Report on horse surra - Volume II, Part I
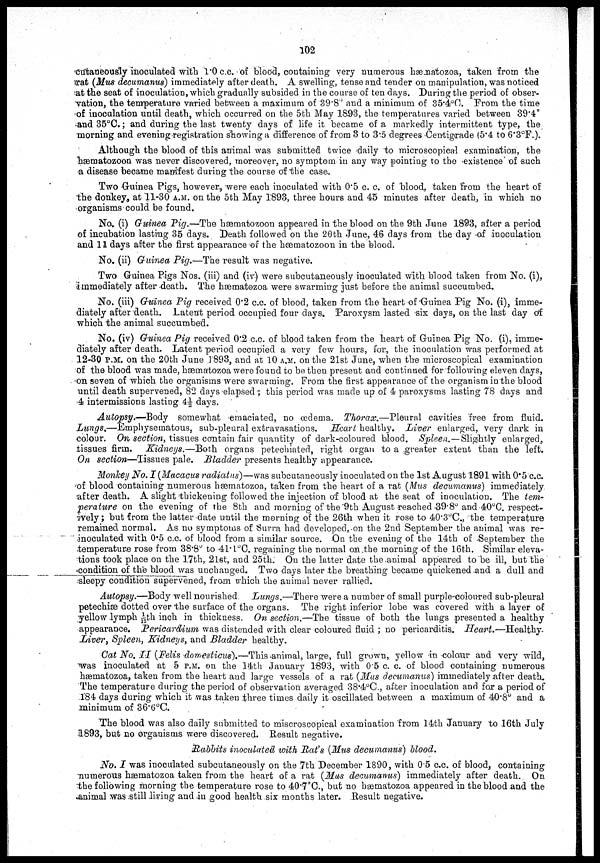
102
cutaneously inoculated with 1.0 c.c. of blood, containing very numerous hæmatozoa, taken from the
rat (Mus decumanus) immediately after death. A swelling, tense and tender on manipulation, was noticed
at the seat of inoculation, which gradually subsided in the course of ten days. During the period of obser-
vation, the temperature varied between a maximum of 39.8° and a minimum of 35.4°C. From the time
of inoculation until death, which occurred on the 5th May 1893, the temperatures varied between 39.4°
and 35°C.; and during the last twenty days of life it became of a markedly intermittent type, the
morning and evening registration showing a difference of from 3 to 3.5 degrees Centigrade (5.4 to 6.3°F.).
Although the blood of this animal was submitted twice daily to microscopical examination, the
hæmatozoon was never discovered, moreover, no symptom in any way pointing to the existence of such
a disease became manifest during the course of the case.
Two Guinea Pigs, however, were each inoculated with 0.5 c. c. of blood, taken from the heart of
the donkey, at 11-30 A.M. on the 5th May 1893, three hours and 45 minutes after death, in which no
organisms could be found.
No. (i) Guinea Pig.—The hæmatozoon appeared in the blood on the 9th June 1893, after a period
of incubation lasting 35 days. Death followed on the 20th June, 46 days from the day of inoculation
and 11 days after the first appearance of the hæmatozoon in the blood.
No. (ii) Guinea Pig.—The result was negative.
Two Guinea Pigs Nos. (iii) and (iv) were subcutaneously inoculated with blood taken from No. (i),
immediately after death. The hæmatozoa were swarming just before the animal succumbed.
No. (iii) Guinea Pig received 0.2 c.c. of blood, taken from the heart of Guinea Pig No. (i), imme-
diately after death. Latent period occupied four days. Paroxysm lasted six days, ON the last day of
which the animal succumbed.
No. (iv) Guinea Pig received 0.2 c.c. of blood taken from the heart of Guinea Pig No. (i) imme-
diately after death. Latent period occupied a very few hours, for, the inoculation was performed at
12-30 P.M. on the 20th June 1893, and at 10 A.M. on the 21st June, when the microscopical examination
of the blood was made, hæmatozoa were found to be then present and continued for following eleven days,
on seven of which the organisms were swarming. From the first appearance of the organism in the blood
until death supervened, 82 days elapsed ; this period was made up of 4 paroxysms lasting 78 days and
4 intermissions lasting 4½ days.
Autopsy.—Body somewhat emaciated, no œdema. Thorax.—Pleural cavities free from fluid.
Lungs.—Emphysematous, sub-pleural extravasations. Heart healthy. Liver enlarged, very dark in
colour. On section, tissues contain fair quantity of dark-coloured blood. Spleen.—Slightly enlarged,
tissues firm. Kidneys.—Both organs petechiated, right organ to a greater extent than the left.
On section—Tissues pale. Bladder presents healthy appearance.
Monkey No. I (Macacus radiatus)—was subcutaneously inoculated on the 1st August 1891 with 0.5 c.c.
of blood containing numerous hæmatozoa, taken from the heart of a rat (Mus decumanus) immediately
after death. A slight thickening followed the injection of blood at the seat of inoculation. The tem-
perature on the evening of the 8th and morning of the 9th August reached 39.8° and 40°C. respect-
ively; but from the latter date until the morning of the 26th when it rose to 40.3°C., the temperature
remained normal. As no symptoms of Surra had developed, on the 2nd September the animal was re¬
inoculated with 0.5 c.c. of blood from a similar source. On the evening of the 14th of September the
temperature rose from 38.8° to 41.1°C. regaining the normal on the morning of the 16th. Similar eleva-
tions took place on the 17th, 21st, and 25th. On the latter date the animal appeared to be ill, but the
condition of the blood was unchanged. Two days later the breathing became quickened and a dull and
sleepy condition supervened, from which the animal never rallied.
Autopsy.—Body well nourished. Lungs.—There were a number of small purple-coloured sub-pleural
petechiæ dotted over the surface of the organs. The right inferior lobe was covered with a layer of
yellow lymph 1/12th inch in thickness. On section.—The tissue of both the lungs presented a healthy
appearance. Pericardium was distended with clear coloured fluid ; no pericarditis.
Heart.—Healthy.
Liver, Spleen, Kidneys, and Bladder healthy.
Cat No. II (Felis domesticus).—This animal, large, full grown, yellow in colour and very wild,
was inoculated at 5 P.M. on the 14th January 1893, with 0.5 c. c. of blood containing numerous
hæmatozoa, taken from the heart and large vessels of a rat (Mus decumanus) immediately after death.
The temperature during the period of observation averaged 38.4°C., after inoculation and for a period of
184 days during which it was taken three times daily it oscillated between a maximum of 40.8° and a
minimum of 36.6°C.
The blood was also daily submitted to miscroscopical examination from 14th January to 16th July
1893, but no organisms were discovered. Result negative.
Rabbits inoculated with Rat's (Mus decumanus) blood.
No. I was inoculated subcutaneously on the 7th December 1890, with 0.5 c.c. of blood, containing
numerous hæmatozoa taken from the heart of a rat (Mus decumanus) immediately after death. On
the following morning the temperature rose to 40.7°C., but no hæmatozoa appeared in the blood and the
animal was still living and in good health six months later. Result negative.